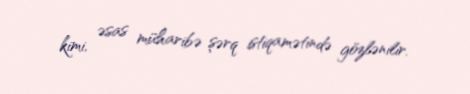
kimi, əsas müharibə şərq istiqamətində gözlənilir.